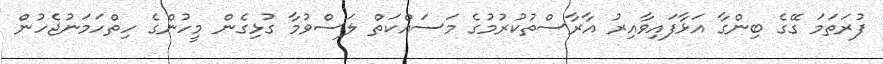
ފުރަތަމަ ގޭގެ ބިންގާ އަޅާފައިވާއިރު އާރާސްތުކުރުމުގެ މަސައްކަތް ލަސްވުމާ ގުޅިގެން މީހުންގެ ހިތްހަމަނުޖެހުން